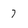
Character: 7